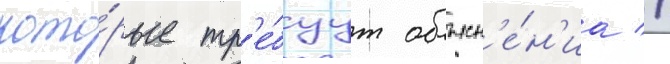
кото́рые тр'е́буут объясн'е́н'иа //